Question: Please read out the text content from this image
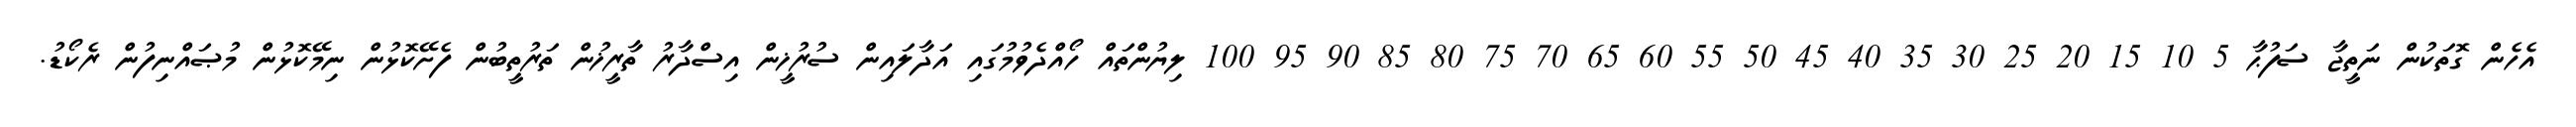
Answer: އެހެން ގޮތަކުން ނަތީޖާ ސަފުޙާ 5 10 15 20 25 30 35 40 45 50 55 60 65 70 75 80 85 90 95 100 ލިޔުންތައް ހޯއްދެވުމުގައި އަދާލައިން ސުރުޚީން އިސްދާރު ތާރީޚުން ތަރުތީބުން ފެށޭކޮޅުން ނިމޭކޮޅުން މުޞައްނިފުން ރެކޯޑު.